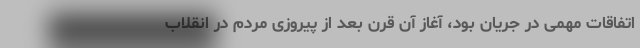
اتفاقات مهمی در جریان بود، آغاز آن قرن بعد از پیروزی مردم در انقلاب